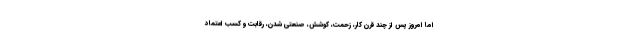
اما امروز پس از چند قرن کار، زحمت، کوشش، صنعتی شدن، رقابت و کسب اعتماد